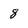
Character: 8